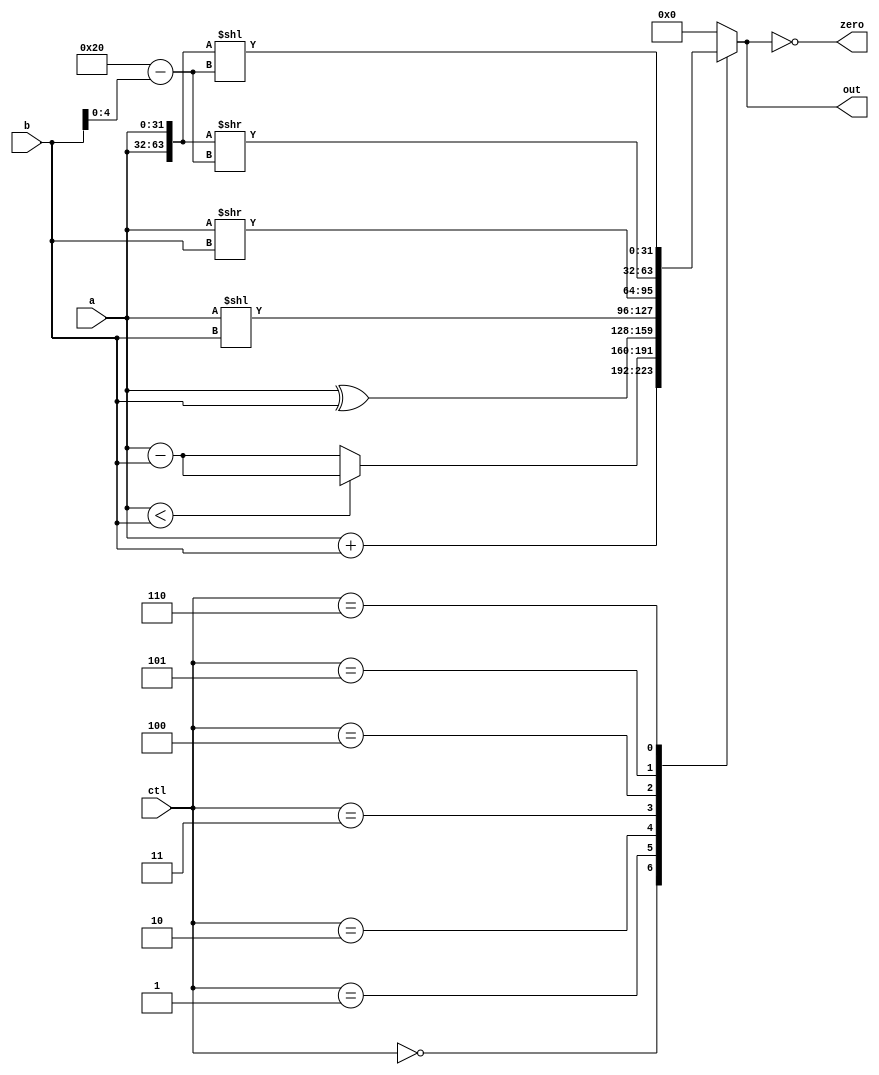
`ifndef _alu
`define _alu


module alu_32(
		input		[3:0]	ctl,
		input		[31:0]	a, b,
		output reg	[31:0]	out,
		output				zero);

	wire [32:0] sub_ab;
	wire [31:0] add_ab;
	wire 		oflow_add;
	wire 		oflow_sub;
	wire 		oflow;

	assign zero = (0 == out);

	assign sub_ab = (a < b) ? {1'b1, a} - b : {1'b0, a - b};
	assign add_ab = a + b;

	always @(*) begin
		case (ctl)
			4'd0:  out <= add_ab;			/* add */
			4'd1:  out <= sub_ab[31:0];			/* sub */
			4'd2:  out <= a ^ b;				/* xor */
			4'd3:  out <= a << b;			/* lsl */
			4'd4:  out <= a >> b;			/* lsr */
			4'd5:	 out <= {a,a} >> (6'd32-b[4:0]);  /* ror */
			4'd6:	 out <= {a,a} << (6'd32-b[4:0]);  /* rol */
			default: out <= 0;
		endcase
	end

endmodule

`endif